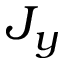
J _ { y }